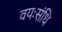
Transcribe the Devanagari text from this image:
वयःसंधि